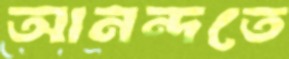
আনন্দতে